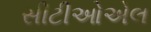
સીટીઓએલ